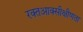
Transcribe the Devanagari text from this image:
रक्तआक्सीक्षीणता